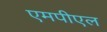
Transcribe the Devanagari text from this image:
एमपीएल